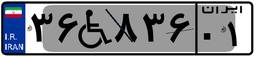
۳۶W۸۳۶۰۱